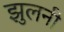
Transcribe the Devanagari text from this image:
झुलनी